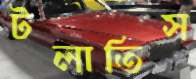
টলাতিস